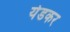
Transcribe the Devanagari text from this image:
येडकर